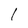
Character: I